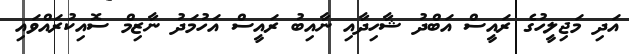
އަދި މަޖިލީހުގެ ރައީސް އަބްދު ޝާހިދާއި ނާއިބު ރައީސް އަހުމަދު ނާޒިމް ސޮއިކުރައްވައި